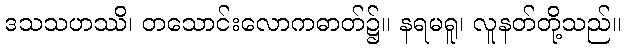
ဒသသဟဿိ၊ တသောင်းလောကဓာတ်၌။ နရမရူ၊ လူနတ်တို့သည်။